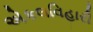
એકલવિહારી